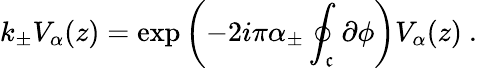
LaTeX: k_{\pm}V_{\alpha}(z)=\exp\left(-2i\pi\alpha_{\pm}\oint_{\mathfrak{c}}\partial\phi\right)V_{\alpha}(z)~.